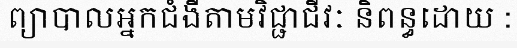
ព្យាបាលអ្នកជំងឺតាមវិជ្ជាជីវៈ និពន្ធដោយ :